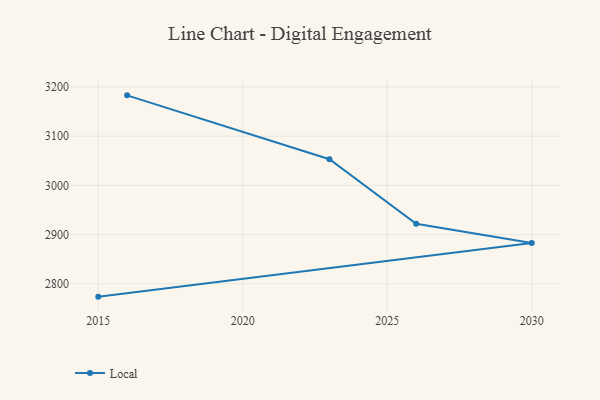
{"axis": {"x": "Year", "y": "Satisfaction Score"}, "legend": ["Local"], "data": [{"x": "2016", "y": 3183.0, "type": "Local"}, {"x": "2023", "y": 3053.2, "type": "Local"}, {"x": "2026", "y": 2921.9, "type": "Local"}, {"x": "2030", "y": 2882.9, "type": "Local"}, {"x": "2015", "y": 2773.7, "type": "Local"}]}